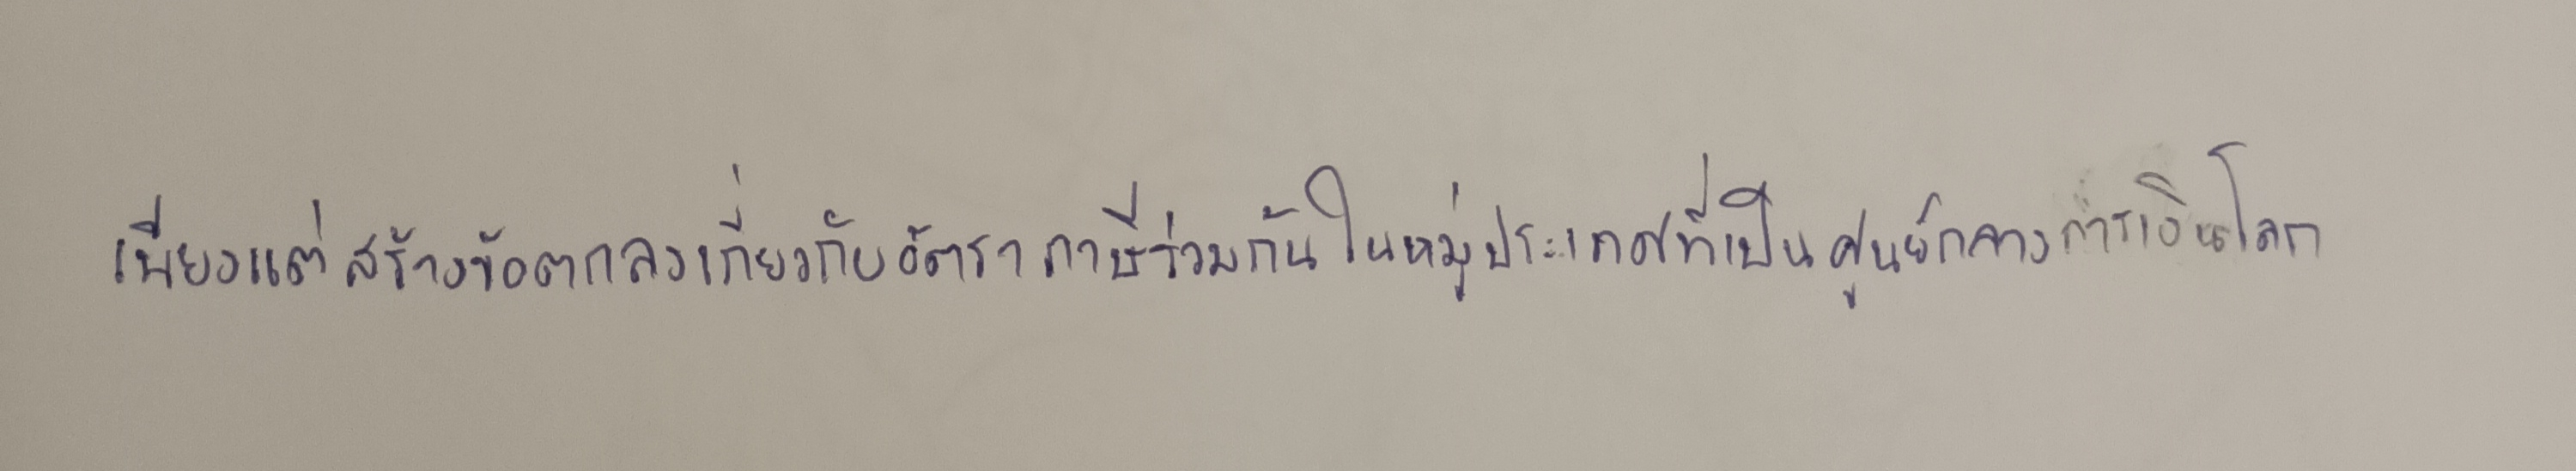
เพียงแต่สร้างข้อตกลงเกี่ยวกับอัตราภาษีร่วมกันในหมู่ประเทศที่เป็นศูนย์กลางการเงินโลก